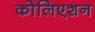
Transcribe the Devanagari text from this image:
कोलिएशन